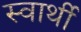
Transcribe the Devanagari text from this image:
स्‍वार्थी